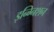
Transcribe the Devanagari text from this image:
इन्ग्निशन